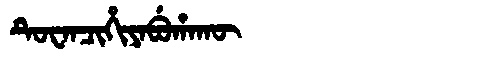
Manchu: ᡨᡠᠸᠠᠨᠴᡳᡥᡳᠶᠠᠪᡠᡥᠠᡴᡡ
Romanization: TUWANCIHIYABUHAKŪ